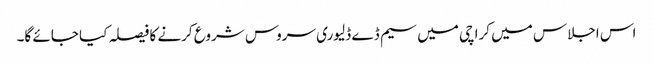
اس اجلاس میں کراچی میں سیم ڈے ڈلیوری سروس شروع کرنے کا فیصلہ کیا جائے گا۔